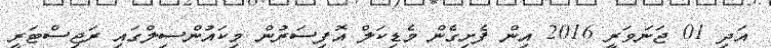
އަދި 01 ޖަނަވަރީ 2016 އިން ފެށިގެން މެޑިކަލް އޮފިސަރުން މިކައުންސިލްގައި ރަޖިސްޓަރީ